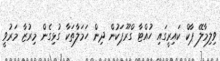
ވިލިމާލޭ ޕާކް ކައިރީގައި ހުއްޓާ ގްރޫޕަކުން ދިން ހަމަލާތަކާ ގުޅިގެން މިރުޒާ މަރުވީ